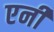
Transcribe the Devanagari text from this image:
एनीं